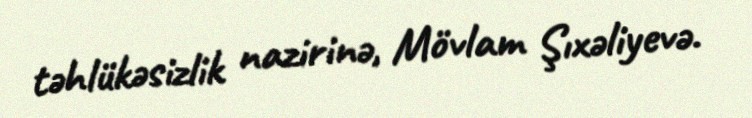
təhlükəsizlik nazirinə, Mövlam Şıxəliyevə.